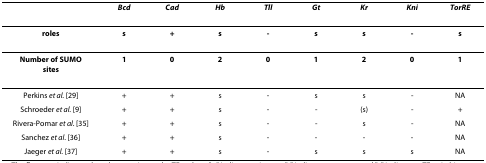
|  | Bcd | Cad | Hb | Tll | Gt | Kr | Kni | TorRE |
 | --- | --- | --- | --- | --- | --- | --- | --- | --- |
 | roles | s | + | s | - | s | s | - | s |
 | Number of SUMO sites | 1 | 0 | 2 | 0 | 1 | 2 | 0 | 1 |
 | Perkins et al. [29] | + | + | s | - | s | s | - | NA |
 | Schroeder et al. [9] | + | + | s | - | - | (s) | - | + |
 | Rivera-Pomar et al. [35] | + | + | s | - | - | s | - | NA |
 | Sanchez et al. [36] | + | + | s | - | - | - | - | NA |
 | Jaeger et al. [37] | + | + | s | - | s | s | s | NA |